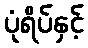
ပုံရိပ်နှင့်